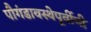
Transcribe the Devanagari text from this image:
पौगंडावस्थेपूर्वीची